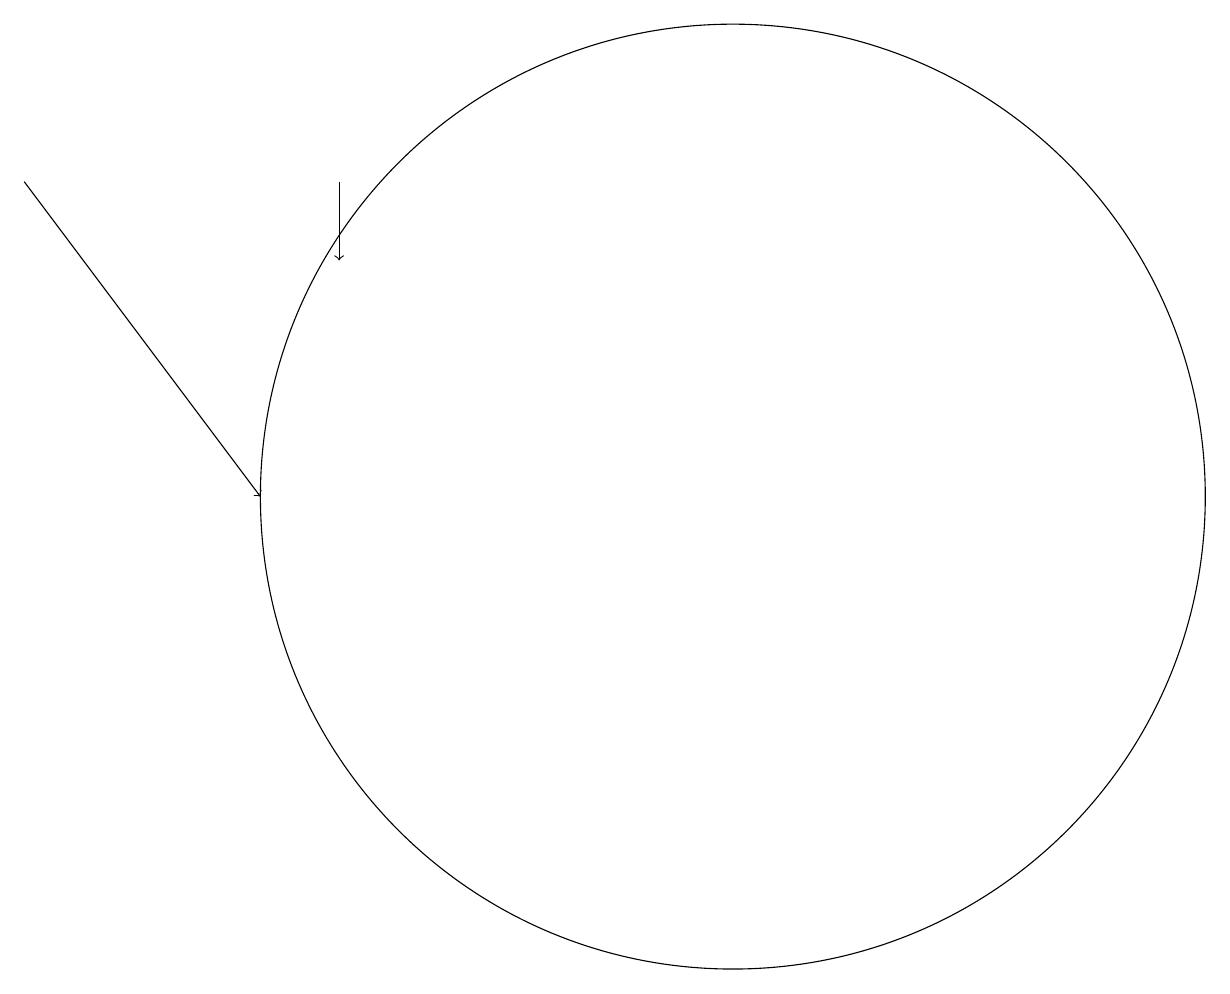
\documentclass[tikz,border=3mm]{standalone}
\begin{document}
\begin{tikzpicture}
\draw[->] (5,16) -- (5,15);
\draw[->] (1,16) -- (4,12);
\draw (10,12) circle (6);
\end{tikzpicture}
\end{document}